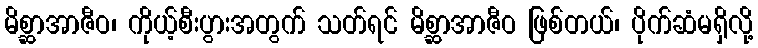
မိစ္ဆာအာဇီဝ၊ ကိုယ့်စီးပွားအတွက် သတ်ရင် မိစ္ဆာအာဇီဝ ဖြစ်တယ်၊ ပိုက်ဆံမရှိလို့